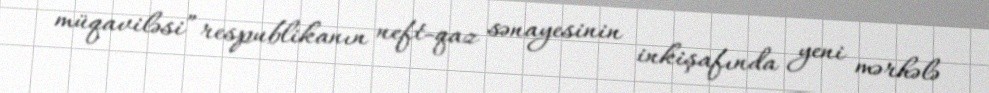
müqaviləsi” respublikanın neft-qaz sənayesinin inkişafında yeni mərhələ